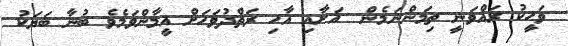
ވަޙީކު ރައްވަނީ ތިމަންނަމެން  އަށާއި އާހި ރަތްދުވަހަށް އީމާންވަމެވެ ބުނާ ބަޔަކު